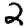
Digit: 2